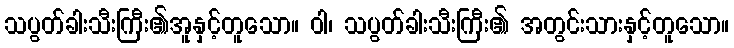
သပွတ်ခါးသီးကြီး၏အူနှင့်တူသော။ ဝါ၊ သပွတ်ခါးသီးကြီး၏ အတွင်းသားနှင့်တူသော။